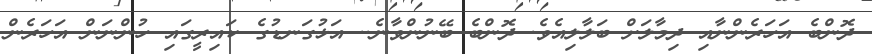
ދޮންބެ އަހަރެންނާއި ދިމާލަށް ބަލާލިއެވެ. ދޮންބެ ބޭނުންވާނެ.. އަޅުގަނޑުގެ ކައިރީގައި ހުންނަން އަހަރެން